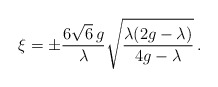
\begin{align*}\xi = \pm \frac{6 \sqrt{6}\,g}{\lambda} \sqrt{\frac{\lambda(2g-\lambda)}{4g-\lambda}}\,.\end{align*}